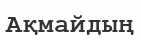
Ақмайдың